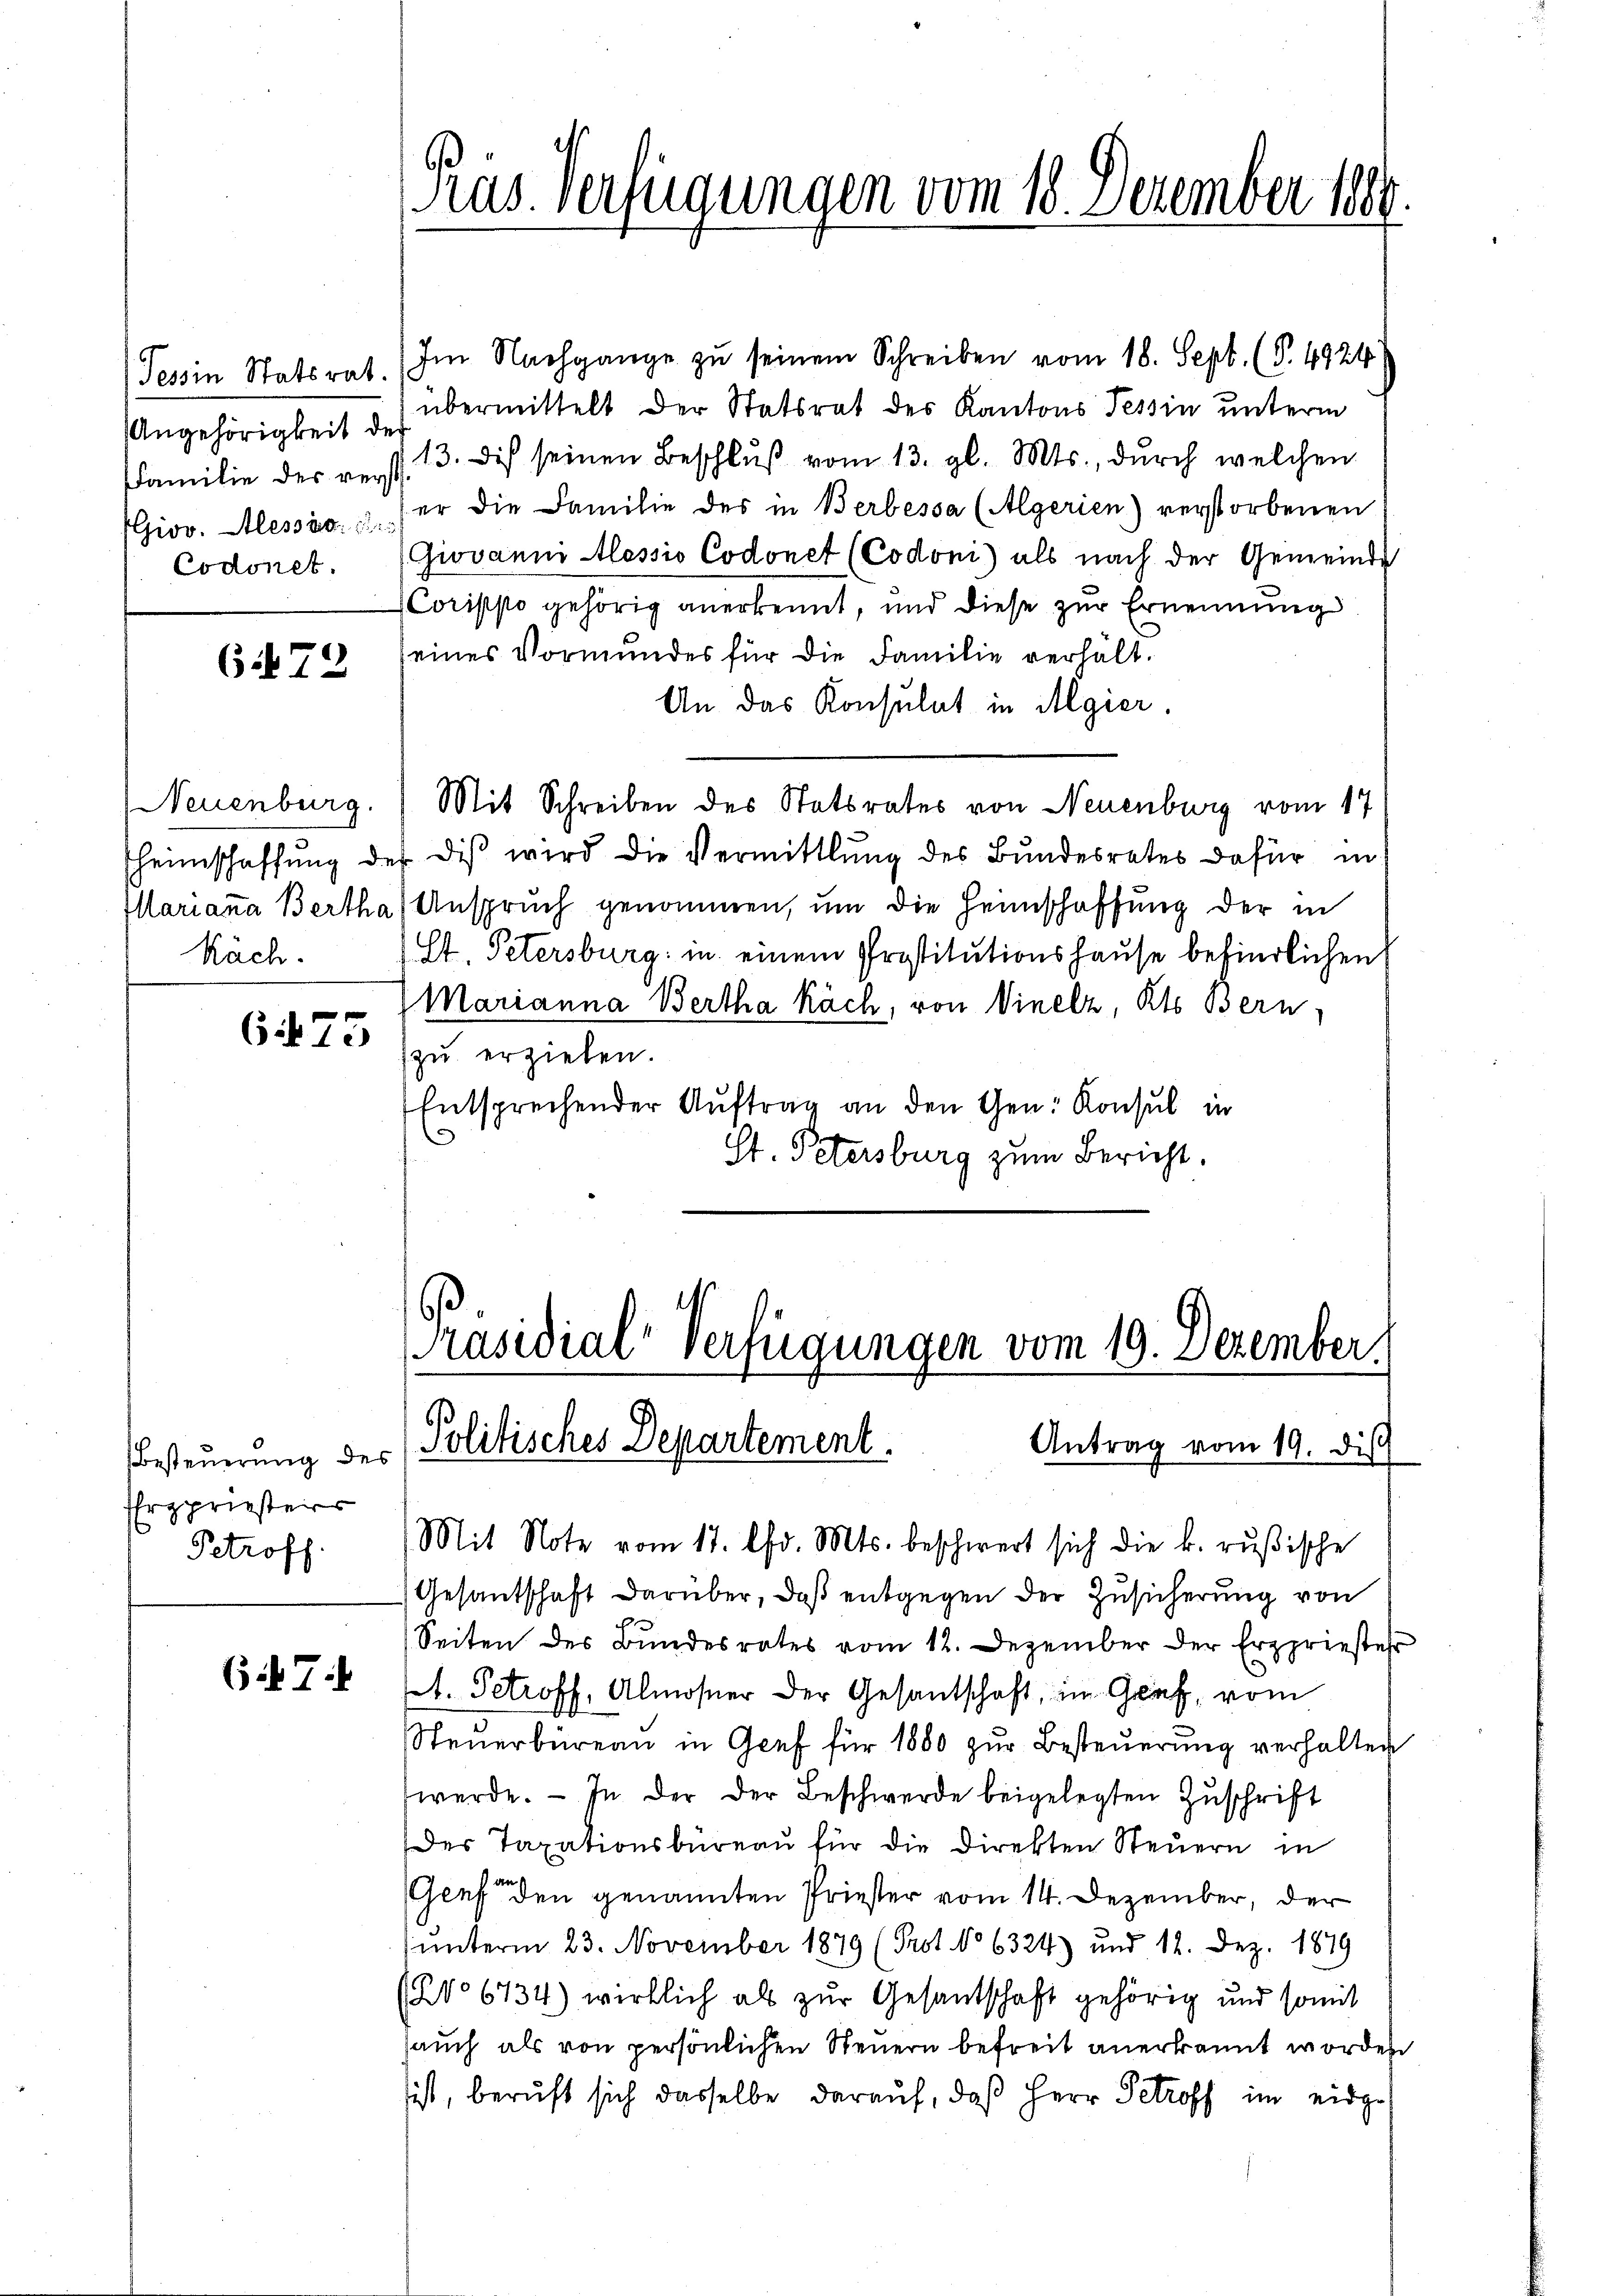
Tessin Statsrat.
Angehörigkeit der
Familie des rey
Codonet.

(72

Käch.

Im Nachgange zu seinem Schreiben vom 18. Sept. (T. 4924
übermittelt der Statsrat des Kantons Tessin unterm
113. Dich seinen Beschluß vom 13. gl. Mts., durch welchen
(Giov. Alessés, er die Familie des in Berbessa (Algerien) verstorbenen
(Giovanni Alessio Codonet (Codoni) als nach der Gemeinde
Corisisto gehörig anerkennt, und diese zur Ernennung
seines Vormundes für die Familie verhält.
An das Konsulat in Algier
Neuenburg. Mit Schreiben des Statsrates von Neuenburg vom 17
sheimschaffŭng des diβ wird die Vermittlung des Bundesrates dafür in
Marianna Bertha, Anspruch genommen, um die Heimschaffung der in
(St. Petersburg in einem Prostitutionshause befindlichen
Marianna Bertha Käch, von Vinelz, Kts. Bern,
673 (zŭ erzielen.
Entsprechender Auftrag an den Gen. Konsul in
St. Petersburg zum Bericht.

Ergpriesterr
Petroff

6. 7.

ras. Verfügungen vom 18. Dezember 1889.

Präsidial-Verfügungen vom 19. Dezember.
Antrag vom 19. di
Besteuerung des Politisches Departement.

Mit Note vom 17. lfd. Mts. beschwert sich die k. rußische
Gesandschaft darüber, daß entgegen der Zusicherung von
Seiten des Bŭndesrates vom 12. Dezember der Erzpriester
t. Petroff, Almoser der Gesantschaft, im Graf, vom
Steŭerbüreaŭ in Genf für 1880 zŭr Besteŭerŭng verhalten
werde. — In der der Beschwerde beigelegten Zuschrift
Der Taxationsbüreau für die Direkten Steuern in
Genf den genannten Priester vom 14. Dezember, der
ŭnterm 23. November 1879 (Prot. No 6324) und 12. Dez. 1879
1206734) wirklich als zur Gesantschaft gehörig und somit
auch als von persönlichen Steuern befreit anerkannt worden
sist, beruft sich dasselbe darauf, daß Herr Petroff im eidge¬